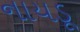
નાયડૂ